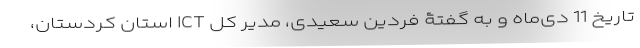
تاریخ 11 دی‌ماه و به گفتۀ فردین سعیدی، مدیر کل ICT استان کردستان،